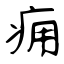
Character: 痈